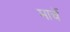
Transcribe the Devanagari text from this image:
मार्चे